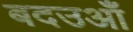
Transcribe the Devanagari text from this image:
बदउआँ